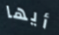
أيها